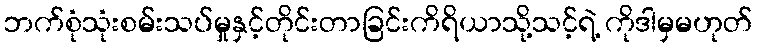
ဘက်စုံသုံးစမ်းသပ်မှုနှင့်တိုင်းတာခြင်းကိရိယာသို့သင့်ရဲ့ ကိုဒါမှမဟုတ်